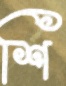
শি